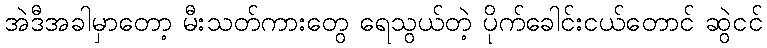
အဲဒီအခါမှာတော့ မီးသတ်ကားတွေ ရေသွယ်တဲ့ ပိုက်ခေါင်းငယ်တောင် ဆွဲငင်